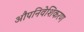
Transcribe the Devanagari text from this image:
औपनिवेशिकरण